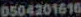
0504201616